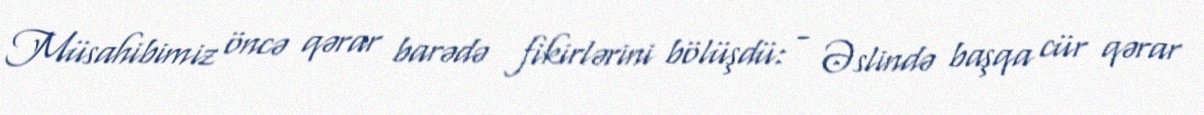
Müsahibimiz öncə qərar barədə fikirlərini bölüşdü: - Əslində başqa cür qərar